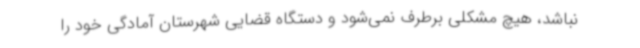
نباشد، هیچ مشکلی برطرف نمی‌شود و دستگاه قضایی شهرستان آمادگی خود را